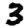
Digit: 3